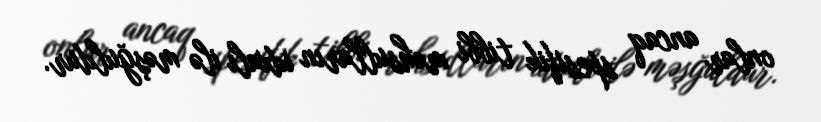
onlar ancaq spesifik tibbi məhsulların idxalı ilə məşğuldur.